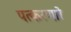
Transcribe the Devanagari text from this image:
पत्करणारे